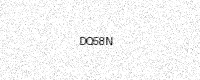
Text: DQ58N